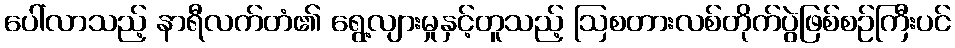
ပေါ်လာသည့် နာရီလက်တံ၏ ရွေ့လျားမှုနှင့်တူသည့် ဩစတားလစ်တိုက်ပွဲဖြစ်စဉ်ကြီးပင်